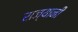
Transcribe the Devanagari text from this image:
राज्यानी